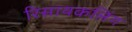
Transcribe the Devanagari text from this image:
रिसायकलिंग